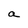
Character: a